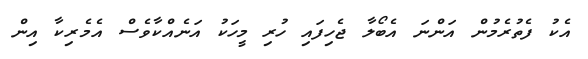
އެކު ފެތުރެމުން އަންނަ އެބޯލާ ޖެހިފައި ހުރި މީހަކު އަނެއްކާވެސް އެމެރިކާ އިން